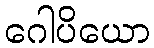
ဂေါပိယော